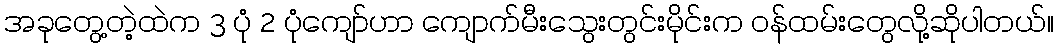
အခုတွေ့တဲ့ထဲက 3 ပုံ 2 ပုံကျော်ဟာ ကျောက်မီးသွေးတွင်းမိုင်းက ဝန်ထမ်းတွေလို့ဆိုပါတယ်။